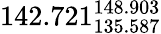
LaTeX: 142.721_{135.587}^{148.903}